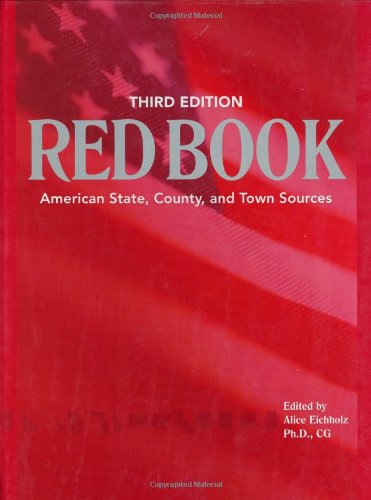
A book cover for Red Book: American State, County & Town Sources, Third Edition; Reference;